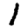
Digit: 1